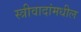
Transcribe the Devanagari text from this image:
स्त्रीवादांमधील